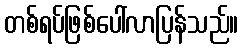
တစ်ရပ်ဖြစ်ပေါ်လာပြန်သည်။